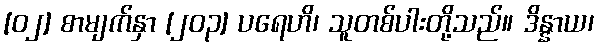
[၀၂] စာမျက်နှာ [၂၀၃] ပရေဟိ၊ သူတစ်ပါးတို့သည်။ ဒိန္နာယ၊